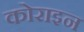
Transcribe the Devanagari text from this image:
कोराइन